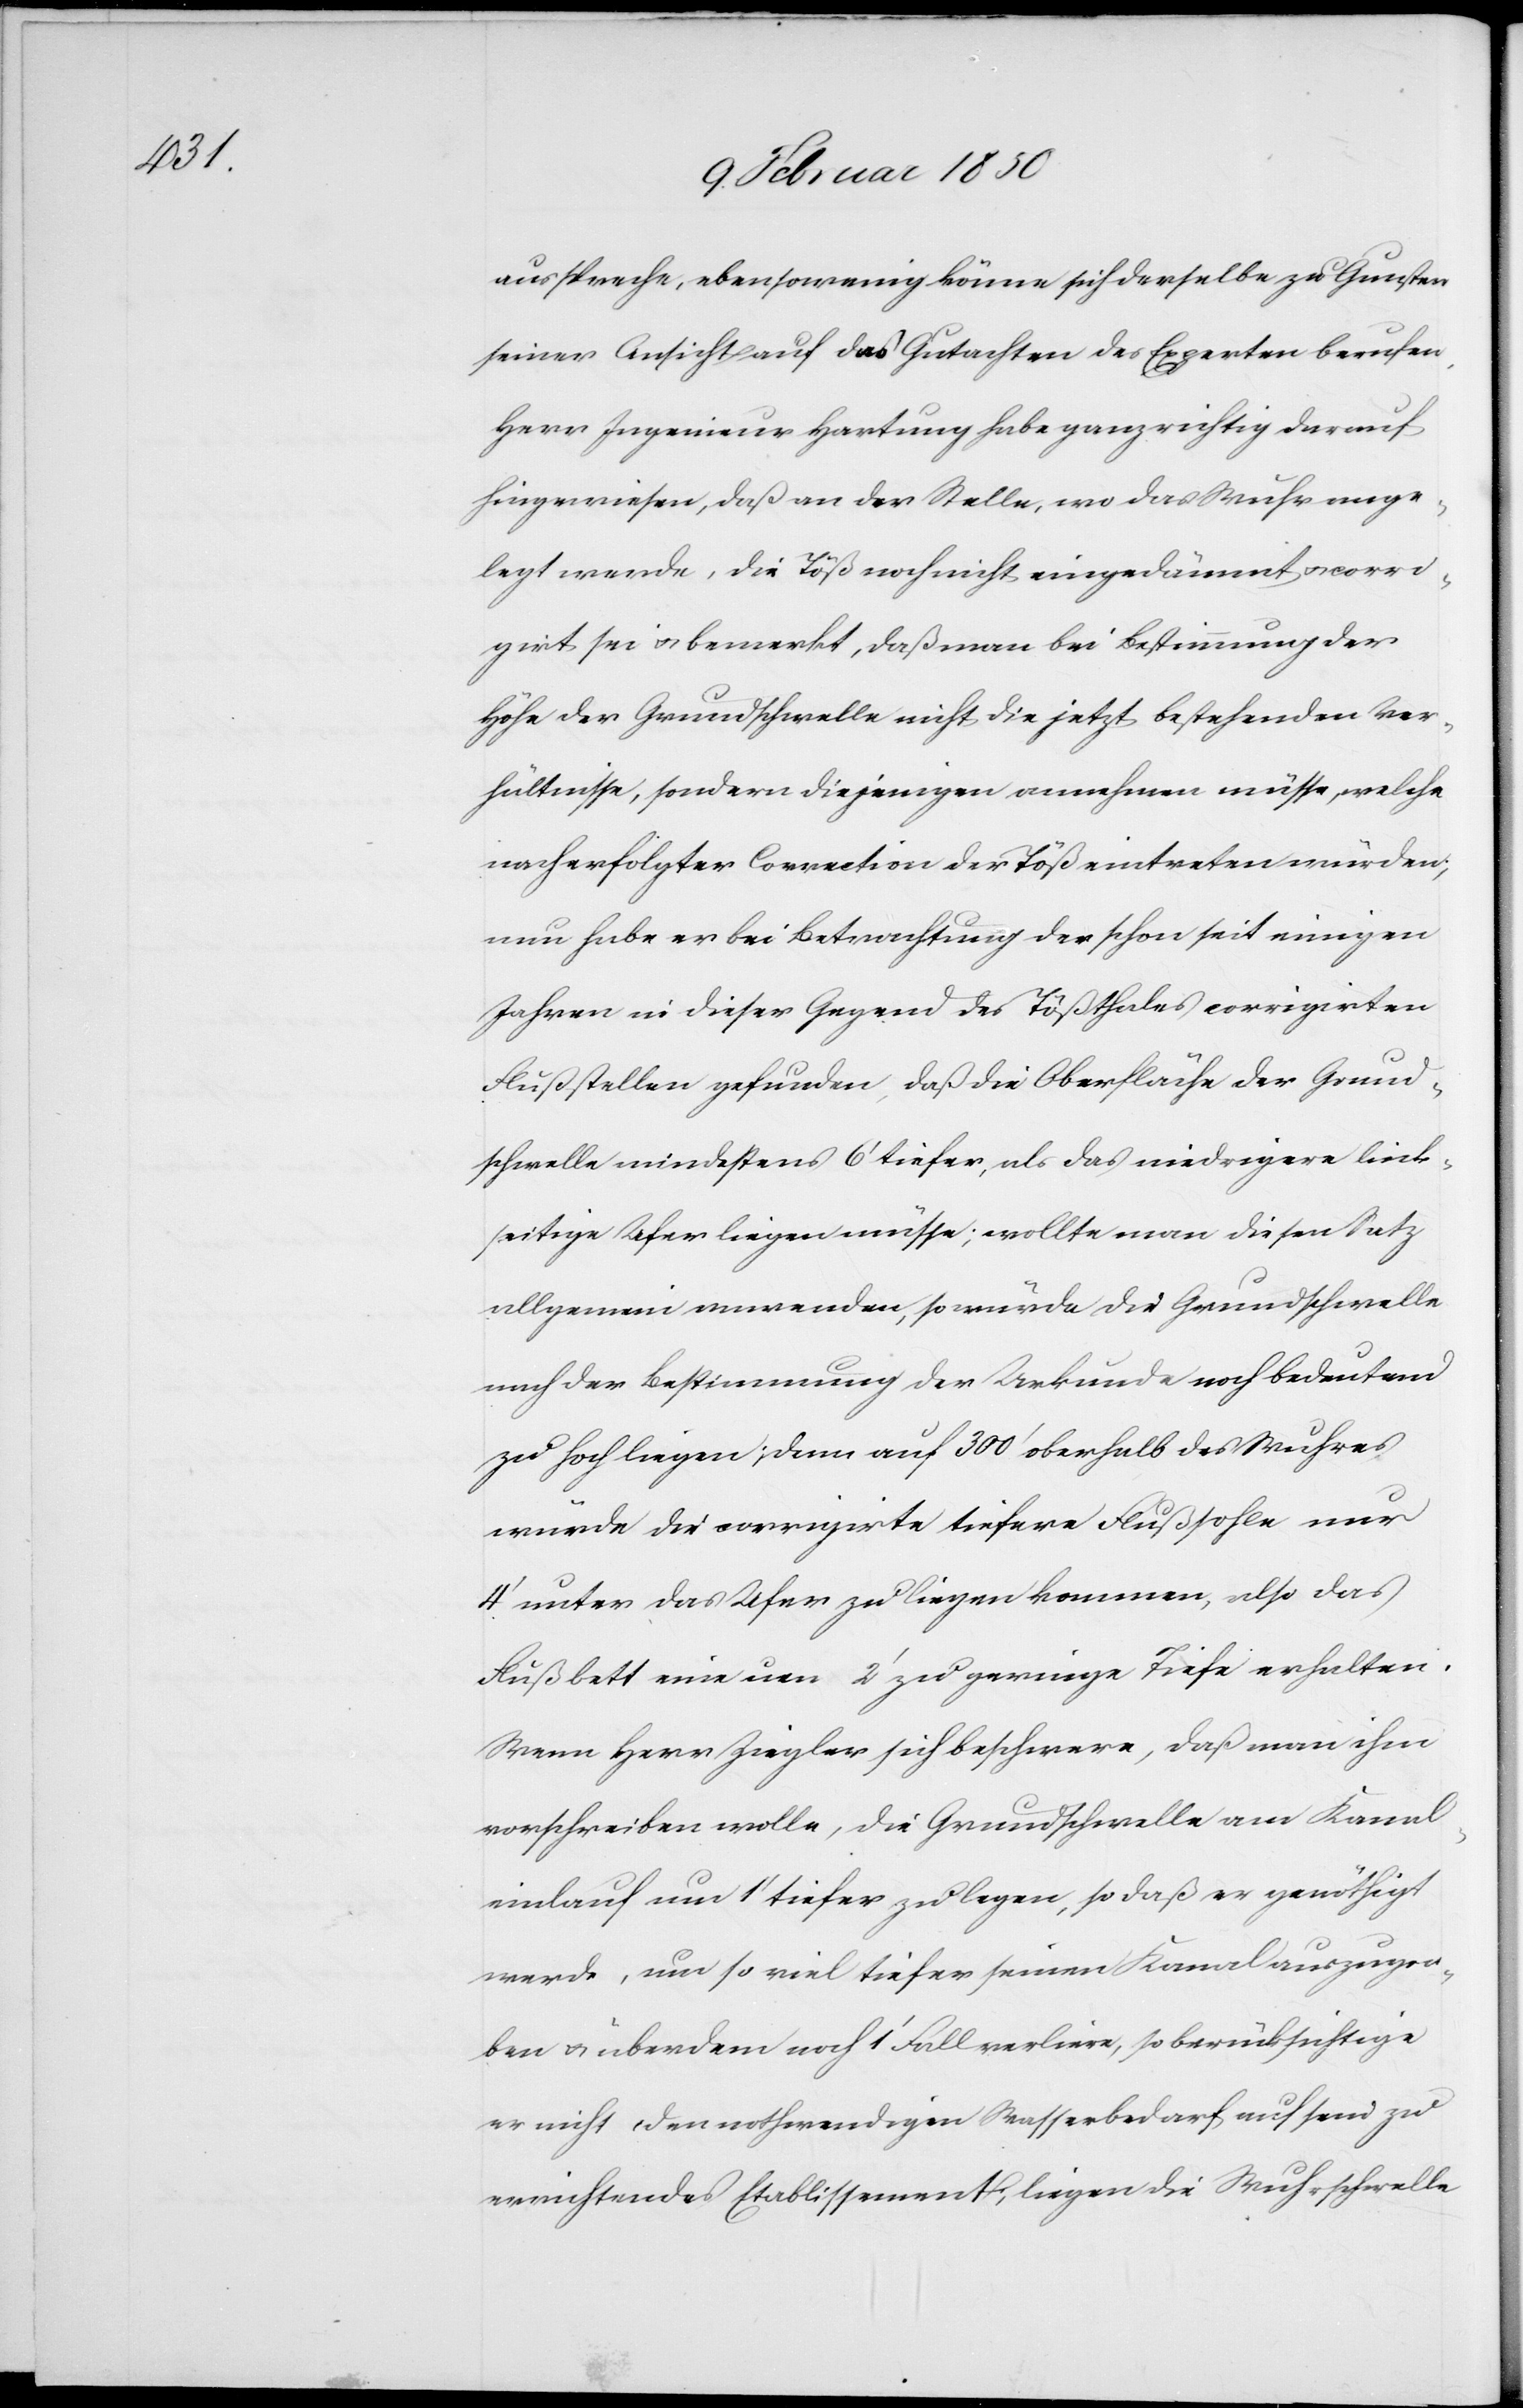
ausspreche, ebensowenig könne sich derselbe zu Gunsten
seiner Ansicht auf das Gutachten des Experten berufen.
Herr Ingenieur Hartung habe ganz richtig darauf
hingewiesen, daß an der Stelle, wo das Wuhr ange¬
legt werde, die Töß noch nicht eingedämmt u. corri¬
girt sei u. bemerkt, daß man bei Bestimmung der
Höhe der Grundschwelle nicht die jetzt bestehenden Ver¬
hältnisse, sondern diejenigen annehmen müsse, welche
nach erfolgter Correction der Töß eintreten würden;
nun habe er bei Betrachtung der schon seit einigen
Jahren in dieser Gegend des Tößthales corrigirten
Flußstellen gefunden, daß die Oberfläche der Grund¬
schwelle mindestens 6ʼʼ tiefer, als das niedrigere link¬
seitige Ufer liegen müsse; wollte man diesen Satz
allgemein anwenden, so würde die Grundschwelle
nach der Bestimmung der Urkunde noch bedeutend
zu hoch liegen; denn auf 300ʼ oberhalb des Wuhres
würde die corrigirte tiefere Flußsohle nur
4ʼ unter das Ufer zu liegen kommen, also das
Flußbett eine um 2ʼ zu geringe Tiefe erhalten.
Wenn Herr Ziegler sich beschwere, daß man ihm
vorschreiben wolle, die Grundschwelle am Kanal¬
einlauf um 1ʼ tiefer zu legen, so daß er genöthigt
werde, um so viel tiefer seinen Kanal auszugra¬
ben u. überdem noch 1ʼ Fall verliere, so berücksichtige
er nicht den nothwendigen Wasserbedarf auf sein zu
errichtendes Etablissement; liegen die Wuhrschwelle